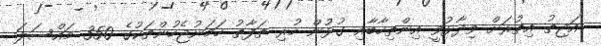
އަޖިތު އިތުރަށް ވިދާޅުވީ އިންތިހާބާއި ގުޅުން ހުރި ތަފާތު ހަމަނުޖެހުންތަކުގެ 350 މައްސަލަ